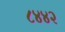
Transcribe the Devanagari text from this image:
८४४२